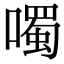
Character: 噣